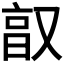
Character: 𫩂